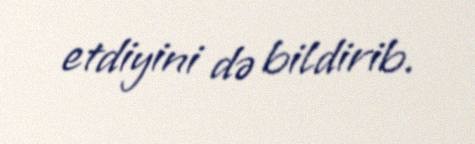
etdiyini də bildirib.